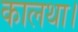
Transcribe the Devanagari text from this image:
कालथा।